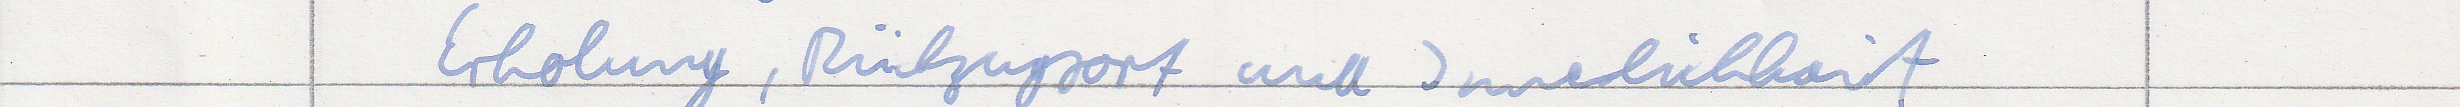
Erholung, Rückzugsort und Innerlichkeit